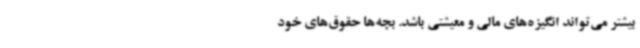
بیشتر می‌تواند انگیزه‌های مالی و معیشتی باشد. بچه‌ها حقوق‌های خود